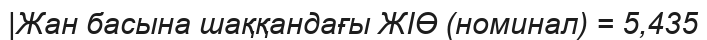
|Жан басына шаққандағы ЖІӨ (номинал) = 5,435